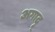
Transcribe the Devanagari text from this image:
अगादू